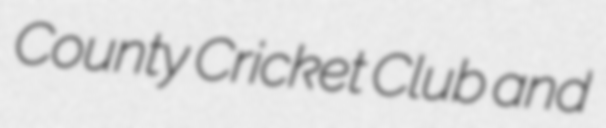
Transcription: County Cricket Club and